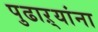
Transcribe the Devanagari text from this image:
पुढाऱ्यांना